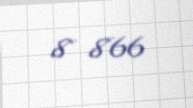
8 866